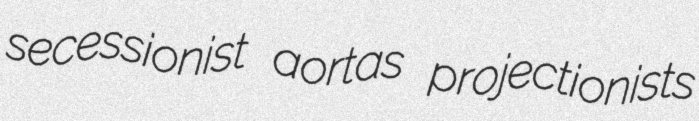
secessionist aortas projectionists